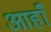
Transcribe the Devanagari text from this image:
आहाँ